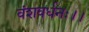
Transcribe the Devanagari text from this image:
वंशवर्धनः।।